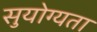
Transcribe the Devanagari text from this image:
सुयोग्यता